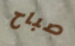
صباح